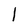
Character: l